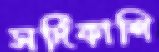
সর্দিকাশি